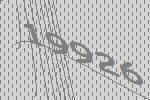
19926